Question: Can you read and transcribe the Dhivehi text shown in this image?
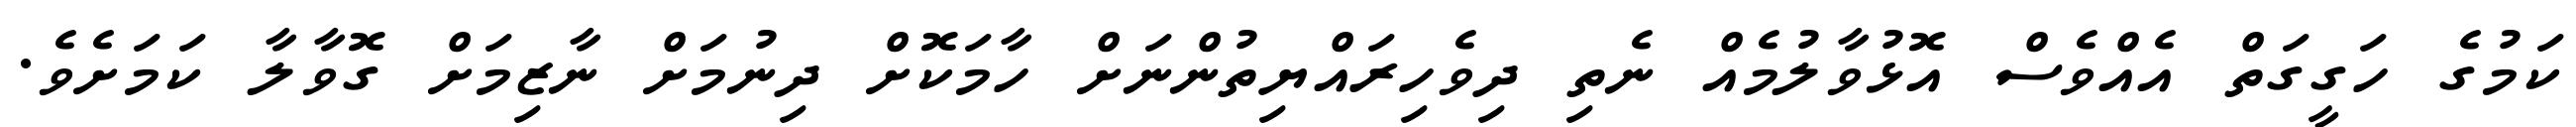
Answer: ކަމުގެ ހަގީގަތް އެއްވެސް އޮޅުވާލުމެއް ނެތި ދިވެހިރައްޔިތުންނަށް ހާމަކޮށް ދިނުމަށް ނާޒިމަށް ގޮވާލާ ކަމަށެވެ.